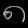
Digit: ၈